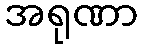
အရုဏာ